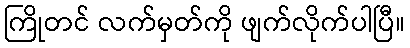
ကြိုတင် လက်မှတ်ကို ဖျက်လိုက်ပါပြီ။